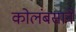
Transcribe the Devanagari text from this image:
कोलंबसाने